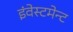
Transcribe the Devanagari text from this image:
इंवेस्टमेन्ट